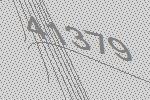
41379